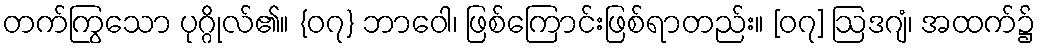
တက်ကြွသော ပုဂ္ဂိုလ်၏။ {၀၇} ဘာဝေါ၊ ဖြစ်ကြောင်းဖြစ်ရာတည်း။ [၀၇] ဩဒဂျံ၊ အထက်၌